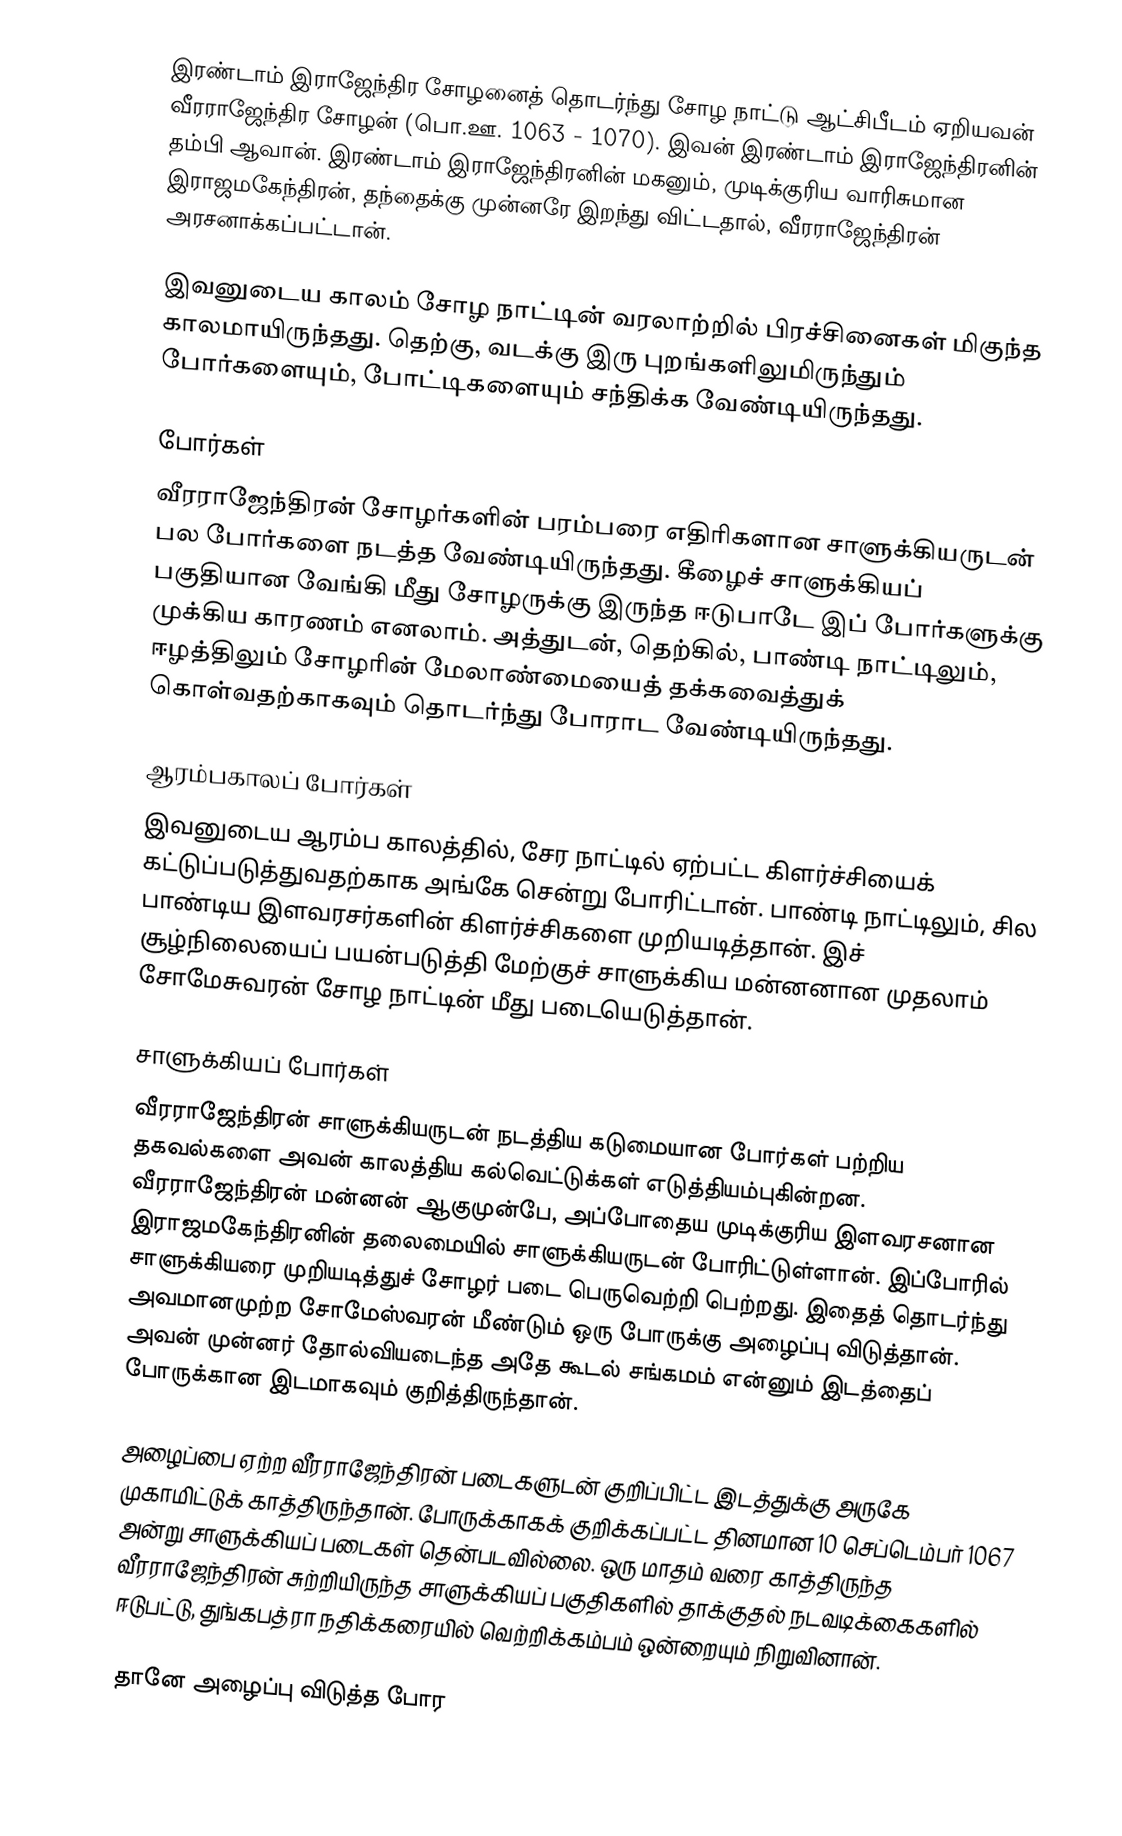
இரண்டாம் இராஜேந்திர சோழனைத் தொடர்ந்து சோழ நாட்டு ஆட்சிபீடம் ஏறியவன் வீரராஜேந்திர சோழன் (பொ.ஊ. 1063 - 1070). இவன் இரண்டாம் இராஜேந்திரனின் தம்பி ஆவான். இரண்டாம் இராஜேந்திரனின் மகனும், முடிக்குரிய வாரிசுமான இராஜமகேந்திரன், தந்தைக்கு முன்னரே இறந்து விட்டதால், வீரராஜேந்திரன் அரசனாக்கப்பட்டான்.

இவனுடைய காலம் சோழ நாட்டின் வரலாற்றில் பிரச்சினைகள் மிகுந்த காலமாயிருந்தது. தெற்கு, வடக்கு இரு புறங்களிலுமிருந்தும் போர்களையும், போட்டிகளையும் சந்திக்க வேண்டியிருந்தது.

போர்கள்
வீரராஜேந்திரன் சோழர்களின் பரம்பரை எதிரிகளான சாளுக்கியருடன் பல போர்களை நடத்த வேண்டியிருந்தது. கீழைச் சாளுக்கியப் பகுதியான வேங்கி மீது சோழருக்கு இருந்த ஈடுபாடே இப் போர்களுக்கு முக்கிய காரணம் எனலாம். அத்துடன், தெற்கில், பாண்டி நாட்டிலும், ஈழத்திலும் சோழரின் மேலாண்மையைத் தக்கவைத்துக் கொள்வதற்காகவும் தொடர்ந்து போராட வேண்டியிருந்தது.

ஆரம்பகாலப் போர்கள்
இவனுடைய ஆரம்ப காலத்தில், சேர நாட்டில் ஏற்பட்ட கிளர்ச்சியைக் கட்டுப்படுத்துவதற்காக அங்கே சென்று போரிட்டான். பாண்டி நாட்டிலும், சில பாண்டிய இளவரசர்களின் கிளர்ச்சிகளை முறியடித்தான். இச் சூழ்நிலையைப் பயன்படுத்தி மேற்குச் சாளுக்கிய மன்னனான முதலாம் சோமேசுவரன் சோழ நாட்டின் மீது படையெடுத்தான்.

சாளுக்கியப் போர்கள்
வீரராஜேந்திரன் சாளுக்கியருடன் நடத்திய கடுமையான போர்கள் பற்றிய தகவல்களை அவன் காலத்திய கல்வெட்டுக்கள் எடுத்தியம்புகின்றன. வீரராஜேந்திரன் மன்னன் ஆகுமுன்பே, அப்போதைய முடிக்குரிய இளவரசனான இராஜமகேந்திரனின் தலைமையில் சாளுக்கியருடன் போரிட்டுள்ளான். இப்போரில் சாளுக்கியரை முறியடித்துச் சோழர் படை பெருவெற்றி பெற்றது. இதைத் தொடர்ந்து அவமானமுற்ற சோமேஸ்வரன் மீண்டும் ஒரு போருக்கு அழைப்பு விடுத்தான். அவன் முன்னர் தோல்வியடைந்த அதே கூடல் சங்கமம் என்னும் இடத்தைப் போருக்கான இடமாகவும் குறித்திருந்தான்.

அழைப்பை ஏற்ற வீரராஜேந்திரன் படைகளுடன் குறிப்பிட்ட இடத்துக்கு அருகே முகாமிட்டுக் காத்திருந்தான். போருக்காகக் குறிக்கப்பட்ட தினமான 10 செப்டெம்பர் 1067 அன்று சாளுக்கியப் படைகள் தென்படவில்லை. ஒரு மாதம் வரை காத்திருந்த வீரராஜேந்திரன் சுற்றியிருந்த சாளுக்கியப் பகுதிகளில் தாக்குதல் நடவடிக்கைகளில் ஈடுபட்டு, துங்கபத்ரா நதிக்கரையில் வெற்றிக்கம்பம் ஒன்றையும் நிறுவினான்.

தானே அழைப்பு விடுத்த போர